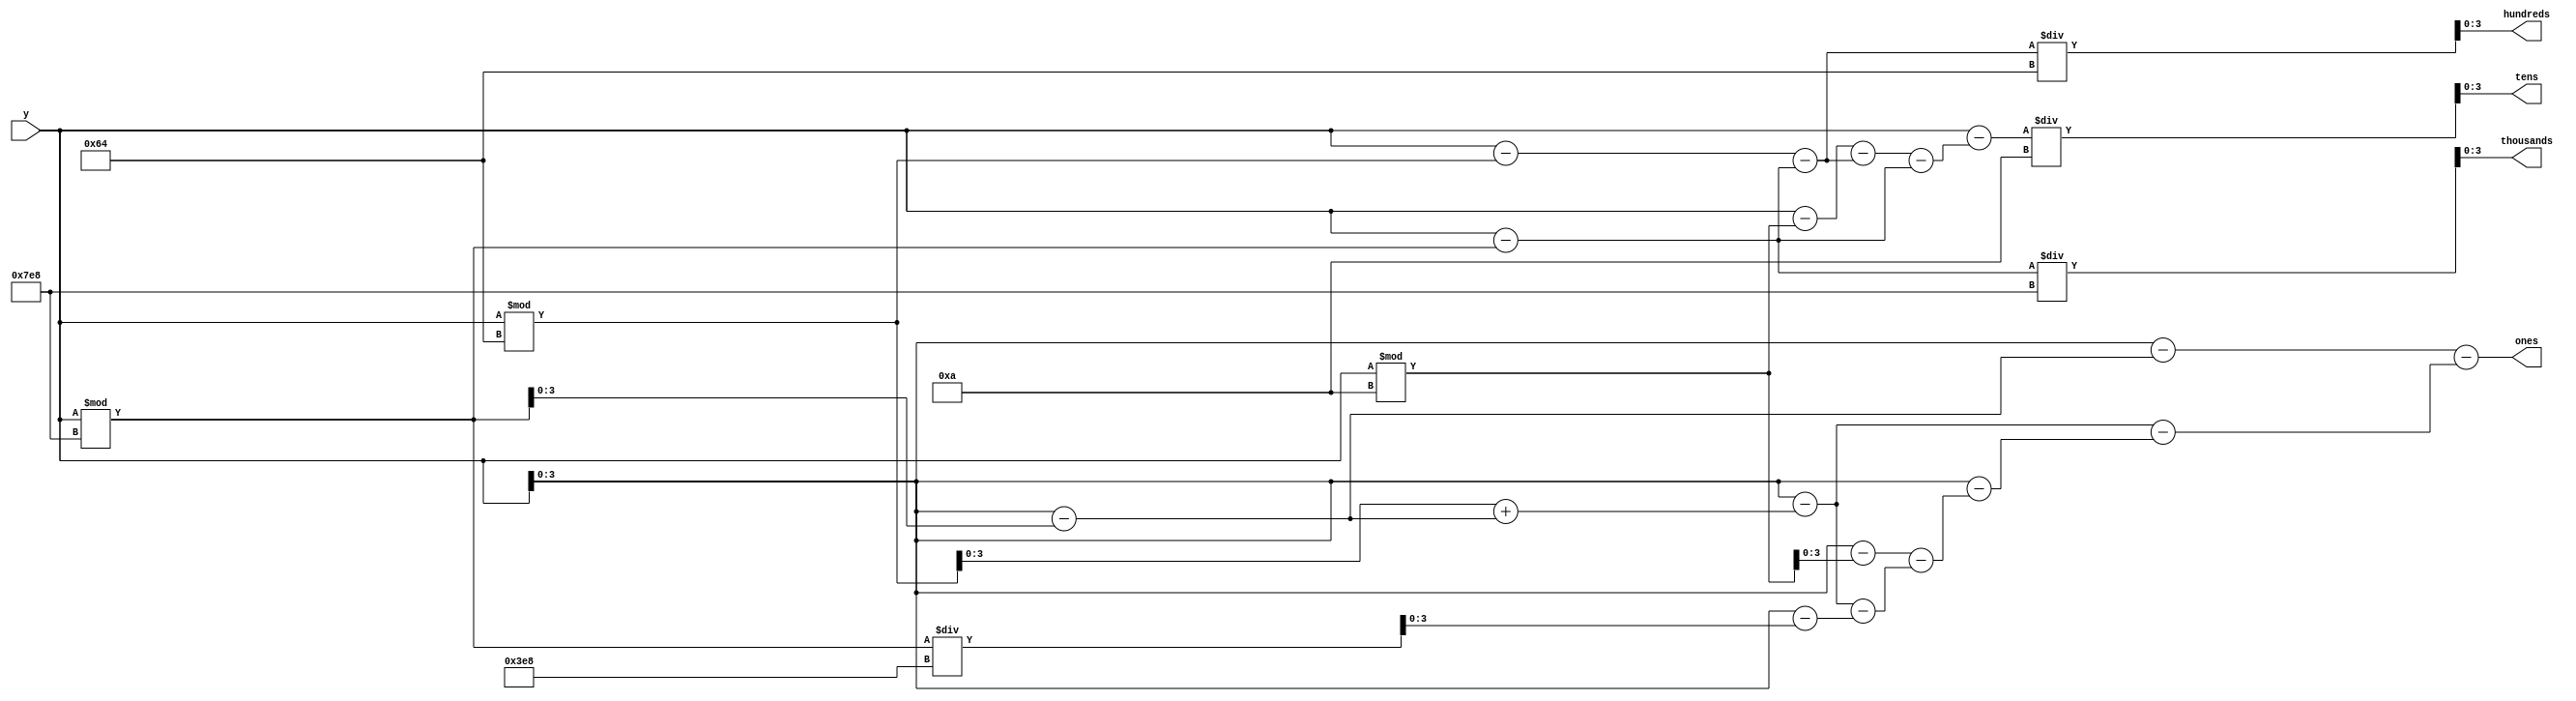
module BtoBCDmod (y,ones,tens,hundreds,thousands);

	input [15:0] y;
	
	output [3:0] ones,tens,hundreds,thousands;
	
	wire [3:0] ones,tens,hundreds,thousands;
	wire [15:0] a;
	wire [15:0] b;
	wire [15:0] c;
	
	
	assign a = y % 11'b11111101000; 
	assign b = y % 11'b00001100100;
	assign c = y % 11'b00000001010;


	assign thousands = (y-a)/11'b11111101000;
	assign hundreds = (y-b-(y-a))/11'b00001100100;
	assign tens =     (y-(y-c-(y-b-(y-a))-(y-a)))/11'b00000001010;
	assign ones =     (y-(y-a)-(y-(b+(y-a))-(y-(y-c-(y-(b+(y-a))-(y-a/1000))))));


endmodule